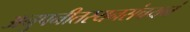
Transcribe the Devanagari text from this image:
अनुपनीतस्यनसंचयनं